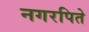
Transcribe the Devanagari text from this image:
नगरपिते